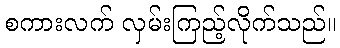
စကားလက် လှမ်းကြည့်လိုက်သည်။